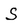
Character: S